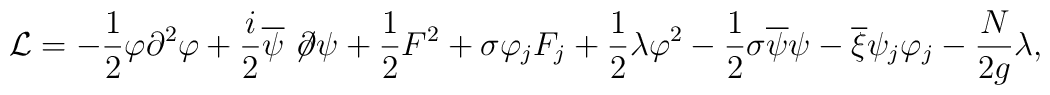
{\cal L} =- \frac12\varphi \partial^2 \varphi + \frac{i}{2} \overline \psi\not \! \partial \psi+ \frac12 F^2+ \sigma \varphi_j F_j + \frac12\lambda\varphi^2 - \frac12\sigma \overline \psi \psi - \overline \xi \psi_j \varphi_j- \frac{N}{2g}\lambda,